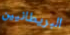
البريطانيين